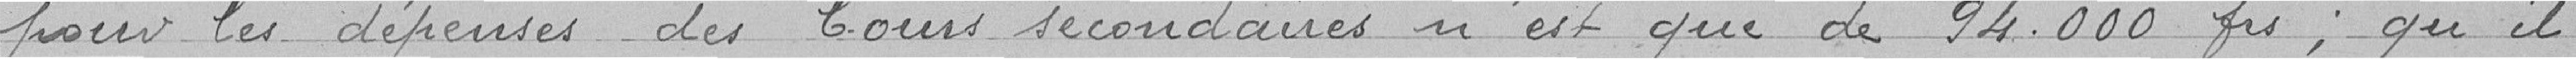
pour les dépenses des Cours secondaires n'est que de 94.000 francs ; qu'il